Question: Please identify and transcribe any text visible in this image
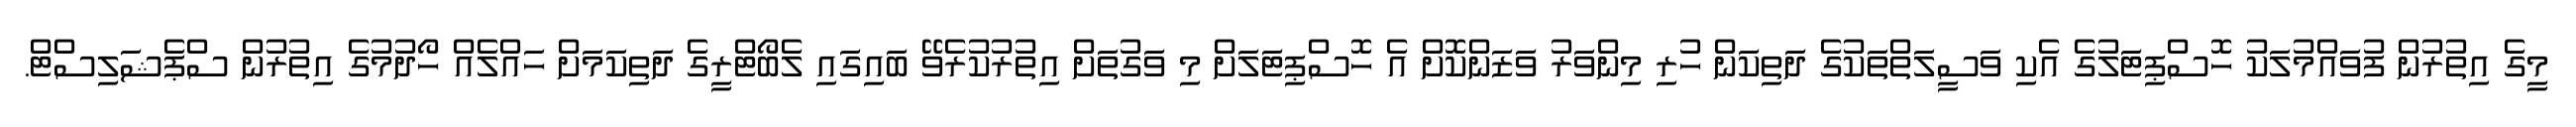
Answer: މީގެ އިތުރުން ފުވައްމުލަކު ހޮސްޕިޓަލުގެ އެކި ވަސީލަތްތަކުގެ ދަތިކަން ހުރި މިންވަރު ވަޒަންކޮށް އެ ހޮސްޕިޓަލަށް މި ވަގުތަށް އިތުރުކުރެވޭ ބައިގައި ލެބޯޓްރީގެ ދަތިކަމަށް ހައްލެއް ހޯދުމުގެ އިތުރުން ސްޕެޝަލިސްޓް.